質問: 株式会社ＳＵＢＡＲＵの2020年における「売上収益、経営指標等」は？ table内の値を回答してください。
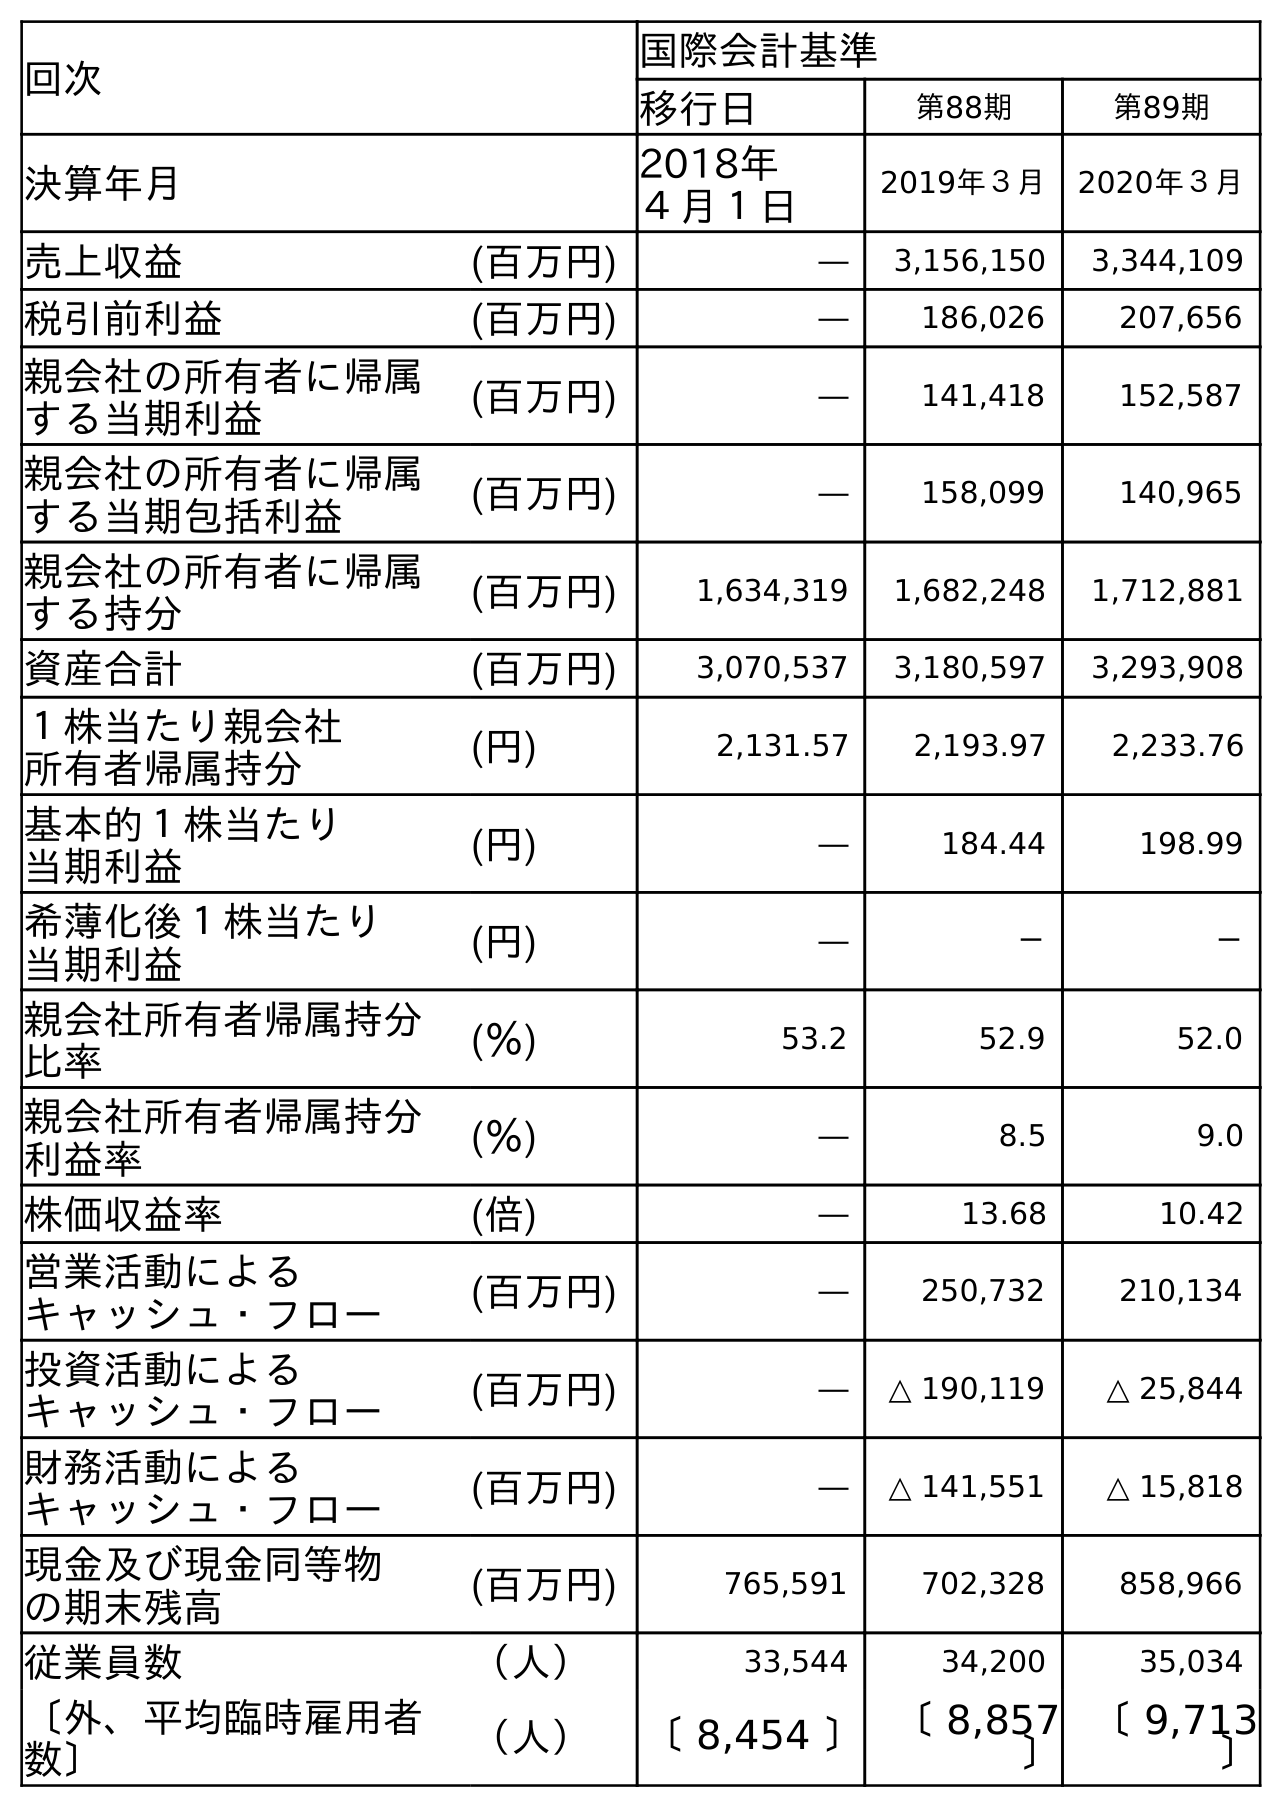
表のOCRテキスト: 回次 国際会計基準 移行日 第88期 第89期 決算年月 2018年 ４月１日 2019年３月 2020年３月 売上収益 (百万円) ― 3,156,150 3,344,109 税引前利益 (百万円) ― 186,026 207,656 親会社の所有者に帰属 する当期利益 (百万円) ― 141,418 152,587 親会社の所有者に帰属 する当期包括利益 (百万円) ― 158,099 140,965 親会社の所有者に帰属 する持分 (百万円) 1,634,319 1,682,248 1,712,881 資産合計 (百万円) 3,070,537 3,180,597 3,293,908 １株当たり親会社 所有者帰属持分 (円) 2,131.57 2,193.97 2,233.76 基本的１株当たり 当期利益 (円) ― 184.44 198.99 希薄化後１株当たり 当期利益 (円) ― － － 親会社所有者帰属持分 比率 (％) 53.2 52.9 52.0 親会社所有者帰属持分 利益率 (％) ― 8.5 9.0 株価収益率 (倍) ― 13.68 10.42 営業活動による キャッシュ・フロー (百万円) ― 250,732 210,134 投資活動による キャッシュ・フロー (百万円) ― △ 190,119 △ 25,844 財務活動による キャッシュ・フロー (百万円) ― △ 141,551 △ 15,818 現金及び現金同等物 の期末残高 (百万円) 765,591 702,328 858,966 従業員数 （人） 33,544 34,200 35,034 〔外、平均臨時雇用者 数〕 （人） 〔 8,454 〕〔 8,857 〕 〔 9,713 〕
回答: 3,344,109